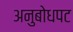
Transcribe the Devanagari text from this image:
अनुबोधपट